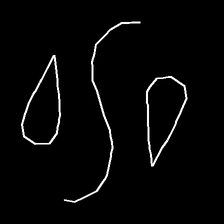
Glyph: water